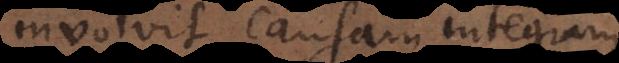
involvit causam integram,